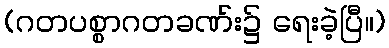
(ဂတပစ္စာဂတခဏ်း၌ ရေးခဲ့ပြီ။)